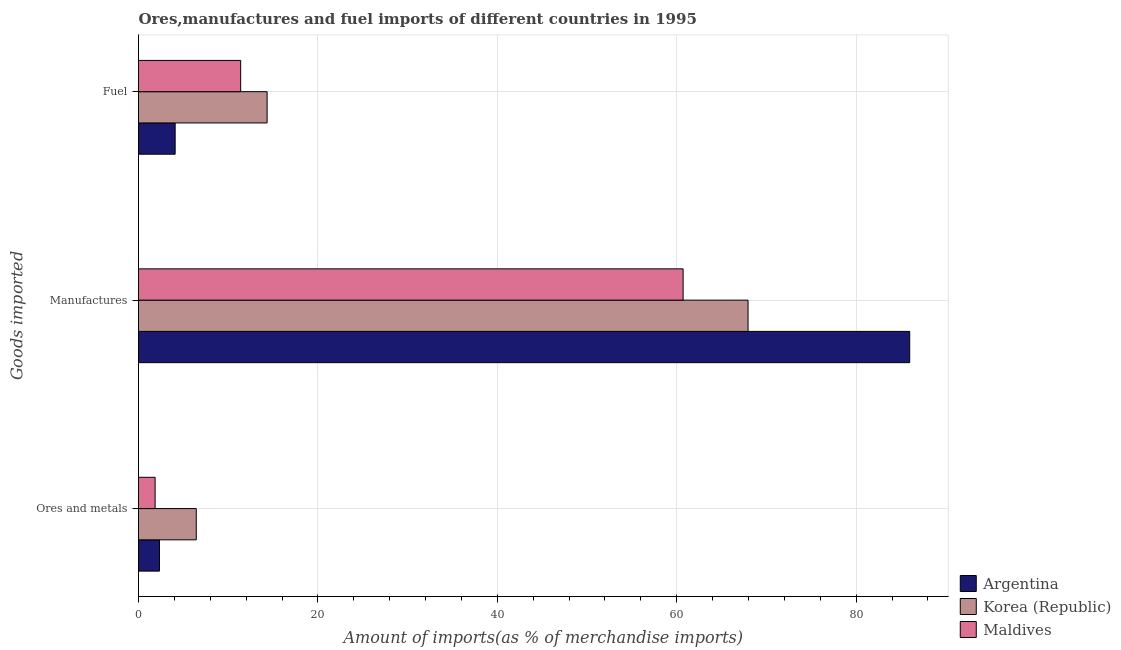
| Goods imported | Argentina | Korea (Republic) | Maldives |
 | --- | --- | --- | --- |
 | Ores and metals | 2.34 | 6.44 | 1.85 |
 | Manufactures | 86 | 68 | 60.7 |
 | Fuel | 4.08 | 14.3 | 11.4 |